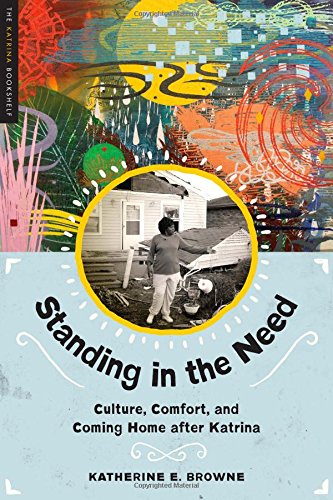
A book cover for Standing in the Need: Culture, Comfort, and Coming Home After Katrina (Katrina Bookshelf); Katherine E. Browne; Science & Math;